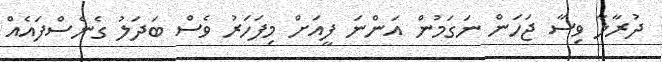
ދުރާލާ ވިސާ ޖަހަން ނަގަމުން އަންނަ ފީއަށް މިފަހަރު ވެސް ބަދަލު ގެނެސްފައެއް